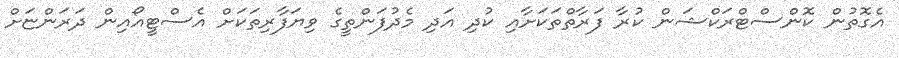
އެގޮތުން ކޮންސްޓްރަކްޝަން ކުރާ ފަރާތްތަކަށާއި ކުދި އަދި މެދުފަންތީގެ ވިޔަފާރިތަކަށް އެސްޓީއޯއިން ދަރަންޏަށް